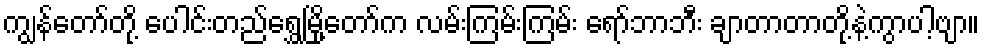
ကျွန်တော်တို့ ပေါင်းတည်ရွှေမြို့တော်က လမ်းကြမ်းကြမ်း ရော်ဘာဘီး ချာတာတာတို့နဲ့ကွာပါ့ဗျာ။